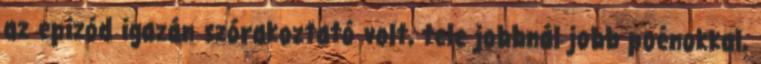
az epizód igazán szórakoztató volt, tele jobbnál jobb poénokkal,